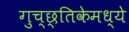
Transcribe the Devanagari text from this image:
गुच्छ्तिकेमध्ये